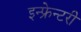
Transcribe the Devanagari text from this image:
इन्फ्रेन्टरी